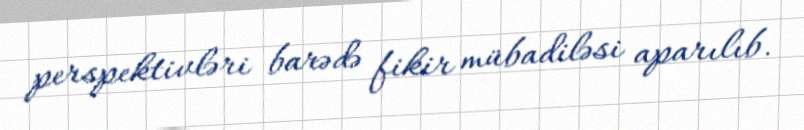
perspektivləri barədə fikir mübadiləsi aparılıb.